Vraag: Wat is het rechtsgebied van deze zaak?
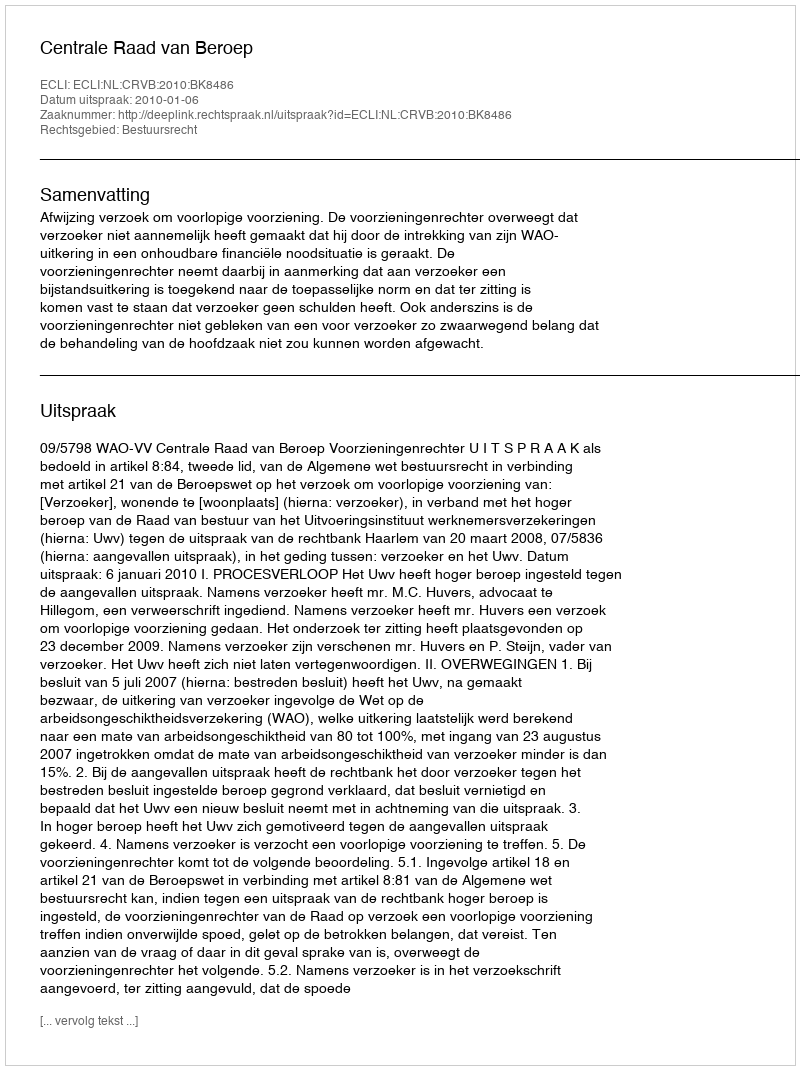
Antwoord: Bestuursrecht